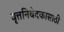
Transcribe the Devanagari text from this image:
वृत्तनिवेदकासाठी